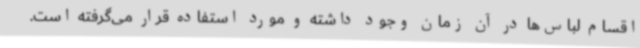
اقسام لباس‌ها در آن زمان وجود داشته و مورد استفاده قرار می‌گرفته است.